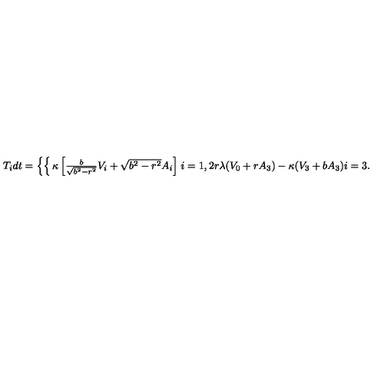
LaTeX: T _ { i } d t = \left\{ \begin{cases} { \kappa \left[ { \frac { b } { \sqrt { b ^ { 2 } - r ^ { 2 } } } } V _ { i } + \sqrt { b ^ { 2 } - r ^ { 2 } } A _ { i } \right] } & { i = 1 , 2 } \\ { r \lambda ( V _ { 0 } + r A _ { 3 } ) - \kappa ( V _ { 3 } + b A _ { 3 } ) } & { i = 3 . } \\ \end{cases} \right.